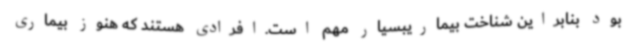
بود بنابراین شناخت بیماریبسیار مهم است.افرادی هستند که هنوز بیماری